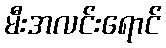
မီးအလင်းရောင်